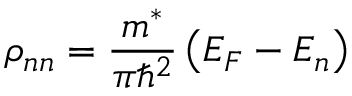
{ \rho } _ { n n } = \frac { m ^ { * } } { \pi { \hbar } ^ { 2 } } \left( E _ { F } - E _ { n } \right)